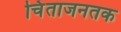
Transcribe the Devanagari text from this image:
चिंताजनतक